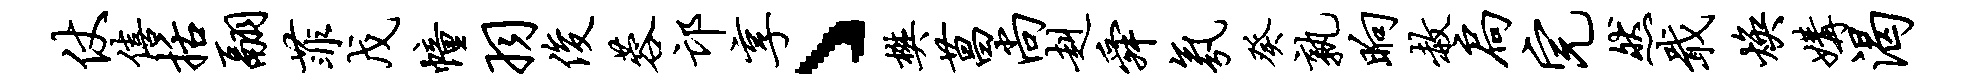
仗僖括翮菲戊幢羽俊蓉邙享丶樊菖尚赳舜氛癸孰晌赦扃完然戢焕媾渴